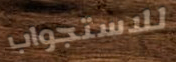
للاستجواب